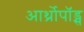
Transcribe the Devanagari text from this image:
आर्थ्रोपॉड्स